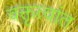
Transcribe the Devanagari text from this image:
वक्तृत्वांत